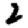
Digit: 2